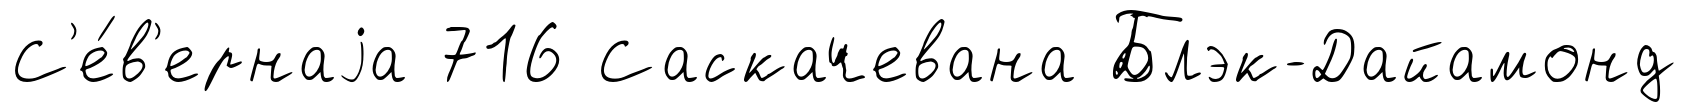
С'е́в'ернаjа 716 Саскачевана Блэк-Дайамонд